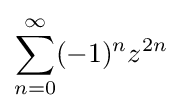
\sum _{n=0}^{\infty }(-1)^{n}z^{2n}